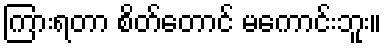
ကြားရတာ စိတ်တောင် မကောင်းဘူး။